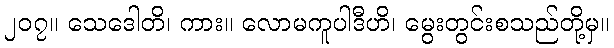
၂၀၇။ သေဒေါတိ၊ ကား။ လောမကူပါဒီဟိ၊ မွေးတွင်းစသည်တို့မှ။